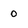
Character: 0